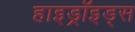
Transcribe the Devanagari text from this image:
हाइड्रॉइड्स